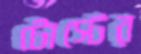
টোস্টের